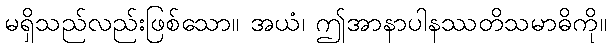
မရှိသည်လည်းဖြစ်သော။ အယံ၊ ဤအာနာပါနဿတိသမာဓိကို။